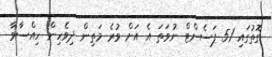
ގޮތުގައި 51 ޕަސެންޓް ނުވަތަ އެ އަށް ވުރެ މަތިން ދިވެހިން ހިއްސާވާ